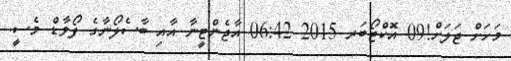
މަހަށް ޖަލަށް!09 އޮކްޓޯބަރ 2015 06:42 އާޖެންޓީނާ އާއި ބާސެލޯނާގެ ފޯވާޑް މެސީ.